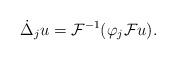
LaTeX: \begin{align*}&\dot{\Delta}_ju=\mathcal{F}^{-1}( \varphi_j\mathcal{F}u).\end{align*}